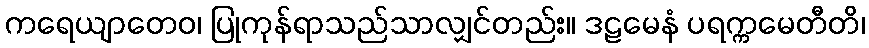
ကရေယျာတေဝ၊ ပြုကုန်ရာသည်သာလျှင်တည်း။ ဒဠမေနံ ပရက္ကမေတီတိ၊